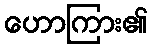
ဟောကြား၏